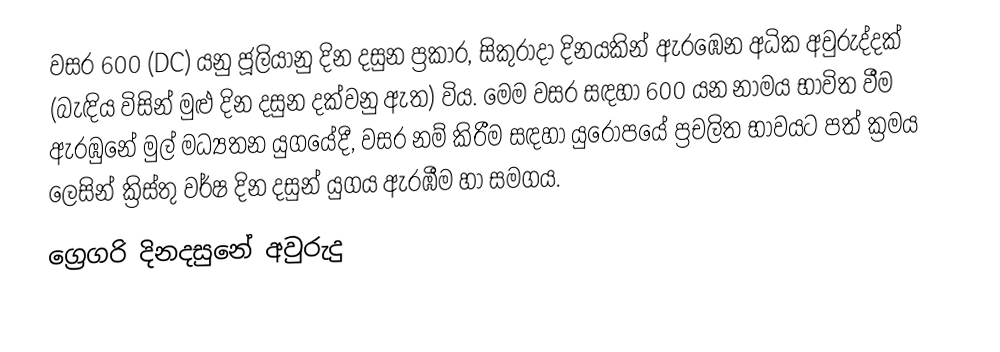
වසර  600 (DC) යනු ජූලියානු දින දසුන ප්‍රකාර,   සිකුරාදා දිනයකින් ඇරඹෙන අධික අවුරුද්දක් (බැඳිය විසින් මුළු දින දසුන දක්වනු ඇත) විය. මෙම වසර සඳහා 600 යන නාමය භාවිත වීම ඇරඹුනේ මුල් මධ්‍යතන යුගයේදී, වසර නම් කිරීම සඳහා යුරෝපයේ ප්‍රචලිත භාවයට පත් ක්‍රමය ලෙසින් ක්‍රිස්තු වර්ෂ දින දසුන් යුගය ඇරඹීම හා සමගය.
ග්‍රෙගරි දිනදසුනේ අවුරුදු